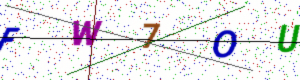
Text: FW7OU